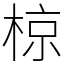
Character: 椋